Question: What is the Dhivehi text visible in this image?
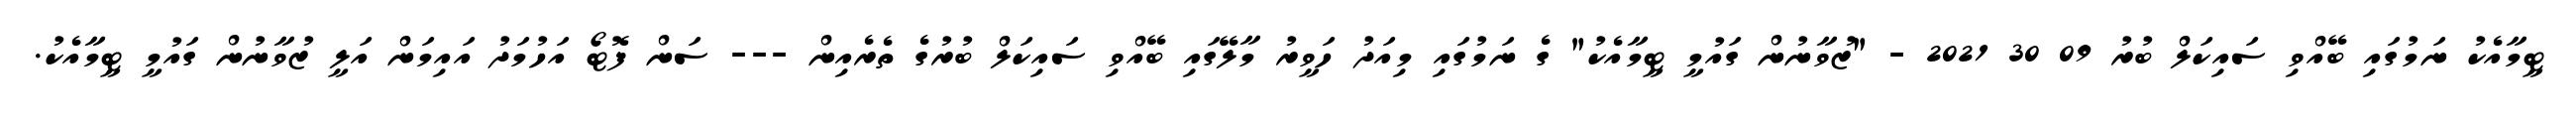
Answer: ޓީމާއެކު ނަމުގައި ބޭއްވި ސައިކަލް ބުރު 09 30 2021 - "ޒުވާނުން ގައުމީ ޓީމާއެކު" ގެ ނަމުގައި މިއަދު ހަވީރު މާލޭގައި ބޭއްވި ސައިކަލް ބުރުގެ ތެރެއިން --- ސަން ފޮޓޯ އަހުމަދު އައިމަން އަލީ ޒުވާނުން ގައުމީ ޓީމާއެކު.